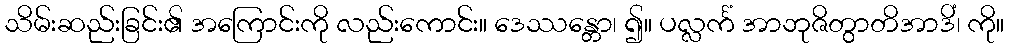
သိမ်းဆည်းခြင်း၏ အကြောင်းကို လည်းကောင်း။ ဒေဿန္တော၊ ၍။ ပလ္လင်္ကံ အာဘုဇိတွာတိအာဒိံ၊ ကို။